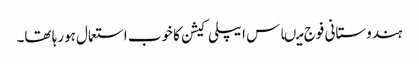
ہندوستانی فوج میںاس ایپلی کیشن کا خوب استعمال ہورہا تھا۔